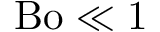
\mathrm { B o } \ll 1